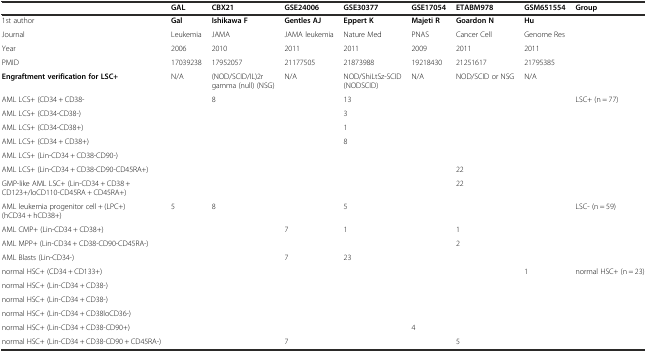
<table><thead><tr><td></td><td><b>GAL</b></td><td><b>CBX21</b></td><td><b>GSE24006</b></td><td><b>GSE30377</b></td><td><b>GSE17054</b></td><td><b>ETABM978</b></td><td><b>GSM651554</b></td><td><b>Group</b></td></tr></thead><tbody><tr><td>1st author</td><td><b>Gal</b></td><td><b>Ishikawa F</b></td><td><b>Gentles AJ</b></td><td><b>Eppert K</b></td><td><b>Majeti R</b></td><td><b>Goardon N</b></td><td><b>Hu</b></td><td></td></tr><tr><td>Journal</td><td>Leukemia</td><td>JAMA</td><td>JAMA leukemia</td><td>Nature Med</td><td>PNAS</td><td>Cancer Cell</td><td>Genome Res</td><td></td></tr><tr><td>Year</td><td>2006</td><td>2010</td><td>2011</td><td>2011</td><td>2009</td><td>2011</td><td>2011</td><td></td></tr><tr><td>PMID</td><td>17039238</td><td>17952057</td><td>21177505</td><td>21873988</td><td>19218430</td><td>21251617</td><td>21795385</td><td></td></tr><tr><td><b>Engraftment verification for LSC+</b></td><td>N/A</td><td>(NOD/SCID/IL)2r gamma (null) (NSG)</td><td>N/A</td><td>NOD/ShiLtSz-SCID (NODSCID)</td><td>N/A</td><td>NOD/SCID or NSG</td><td>N/A</td><td></td></tr><tr><td>AML LCS+ (CD34 + CD38-</td><td></td><td>8</td><td></td><td>13</td><td></td><td></td><td></td><td rowspan="7">LSC+ (n = 77)</td></tr><tr><td>AML LCS+ (CD34-CD38-)</td><td></td><td></td><td></td><td>3</td><td></td><td></td><td></td></tr><tr><td>AML LCS+ (CD34-CD38+)</td><td></td><td></td><td></td><td>1</td><td></td><td></td><td></td></tr><tr><td>AML LCS+ (CD34 + CD38+)</td><td></td><td></td><td></td><td>8</td><td></td><td></td><td></td></tr><tr><td>AML LCS+ (Lin-CD34 + CD38-CD90-)</td><td></td><td></td><td></td><td></td><td></td><td></td><td></td></tr><tr><td>AML LCS+ (Lin-CD34 + CD38-CD90-CD45RA+)</td><td></td><td></td><td></td><td></td><td></td><td>22</td><td></td></tr><tr><td>GMP-like AML LSC+ (Lin-CD34 + CD38 + CD123+/loCD110-CD45RA + CD45RA+)</td><td></td><td></td><td></td><td></td><td></td><td>22</td><td></td></tr><tr><td>AML leukemia progenitor cell + (LPC+) (hCD34 + hCD38+)</td><td>5</td><td>8</td><td></td><td>5</td><td></td><td></td><td></td><td rowspan="4">LSC- (n = 59)</td></tr><tr><td>AML CMP+ (Lin-CD34 + CD38+)</td><td></td><td></td><td>7</td><td>1</td><td></td><td>1</td><td></td></tr><tr><td>AML MPP+ (Lin-CD34 + CD38-CD90-CD45RA-)</td><td></td><td></td><td></td><td></td><td></td><td>2</td><td></td></tr><tr><td>AML Blasts (Lin-CD34-)</td><td></td><td></td><td>7</td><td>23</td><td></td><td></td><td></td></tr><tr><td>normal HSC+ (CD34 + CD133+)</td><td></td><td></td><td></td><td></td><td></td><td></td><td>1</td><td rowspan="6">normal HSC+ (n = 23)</td></tr><tr><td>normal HSC+ (Lin-CD34 + CD38-)</td><td></td><td></td><td></td><td></td><td></td><td></td><td></td></tr><tr><td>normal HSC+ (Lin-CD34 + CD38-)</td><td></td><td></td><td></td><td></td><td></td><td></td><td></td></tr><tr><td>normal HSC+ (Lin-CD34 + CD38loCD36-)</td><td></td><td></td><td></td><td></td><td></td><td></td><td></td></tr><tr><td>normal HSC+ (Lin-CD34 + CD38-CD90+)</td><td></td><td></td><td></td><td></td><td>4</td><td></td><td></td></tr><tr><td>normal HSC+ (Lin-CD34 + CD38-CD90 + CD45RA-)</td><td></td><td></td><td>7</td><td></td><td></td><td>5</td><td></td></tr></tbody></table>